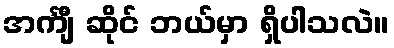
အင်္ကျီ ဆိုင် ဘယ်မှာ ရှိပါသလဲ။